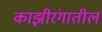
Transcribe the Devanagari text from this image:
काझ़ीरंगातील